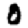
Digit: 0